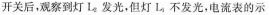
开关后，观察到灯L_{2}发光，但灯L_{3}不发光，电流表的示